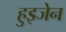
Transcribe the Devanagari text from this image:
हुइजेन